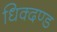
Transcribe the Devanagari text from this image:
धिक्दण्ड